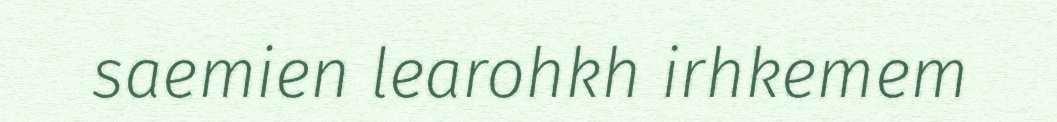
saemien learohkh irhkemem